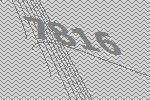
7816